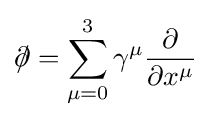
\partial \!\!\!/=\sum _{\mu =0}^{3}\gamma ^{\mu }{\frac {\partial }{\partial x^{\mu }}}